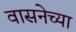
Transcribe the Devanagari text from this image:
वासनेच्या